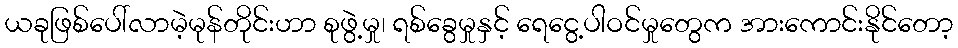
ယခုဖြစ်ပေါ်လာမဲ့မုန်တိုင်းဟာ စုဖွဲ့မှု၊ ရစ်ခွေမှုနှင့် ရေငွေ့ပါဝင်မှုတွေက အားကောင်းနိုင်တော့